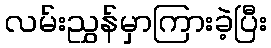
လမ်းညွှန်မှာကြားခဲ့ပြီး